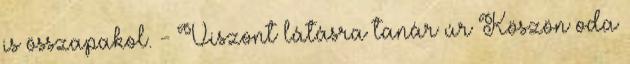
is összapakol. - Viszont látásra tanár úr Köszön oda